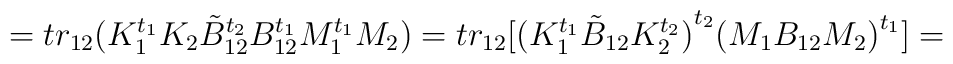
= tr_{12}(K_1^{t_1}K_2\tilde B_{12}^{t_2}B_{12}^{t_1}  M_1^{t_1}M_2) =tr_{12}[{(K_1^{t_1}\tilde B_{12}K_2^{t_2})}^{t_2}  {(M_1B_{12}M_2)}^{t_1}]=